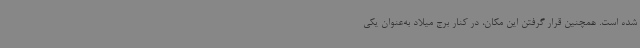
شده است. همچنین قرار گرفتن این مکان، در کنار برج میلاد به‌عنوان یکی